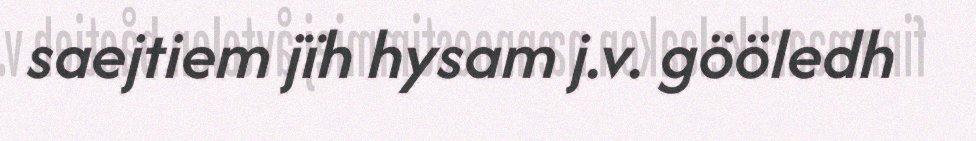
saejtiem jïh hysam j.v. gööledh